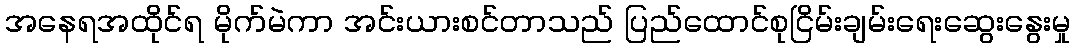
အနေရအထိုင်ရ မိုက်မဲကာ အင်းယားစင်တာသည် ပြည်ထောင်စုငြိမ်းချမ်းရေးဆွေးနွေးမှု